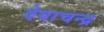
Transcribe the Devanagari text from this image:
देवाचन्द्र